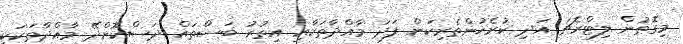
މިގޮތުން ލިޓްރެޗަ އަދި ކުރެހުންތެރިކަން ފަދަ މާއްދާތަކާއި އިތުރު ބަސްތައް ދަސްކޮށްދޭ މާއްދާތަކަކީ